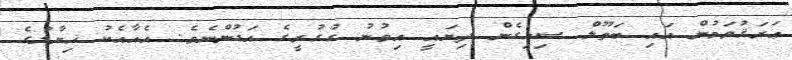
ޢަރަޤުވަމުން އައި ބަތޫލް ސިހިގެން ދިޔައީ އިވުނު ގުގުރީގެ އަޑުންނެވެ. އެއާއެކު ޚިޔާލުގެ